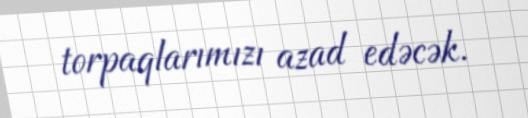
torpaqlarımızı azad edəcək.